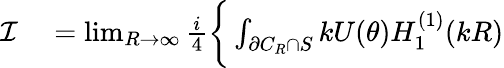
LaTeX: \begin{array}{rl}{\mathcal{I}}&{{}=\operatorname*{lim}_{R\to\infty}\frac{i}{4}\bigg\{ \int_{\partial C_{R}\cap S}kU(\theta)H_{1}^{(1)}(kR)}\end{array}